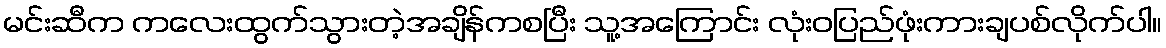
မင်းဆီက ကလေးထွက်သွားတဲ့အချိန်ကစပြီး သူ့အကြောင်း လုံးဝပြည်ဖုံးကားချပစ်လိုက်ပါ။